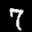
Label: 7